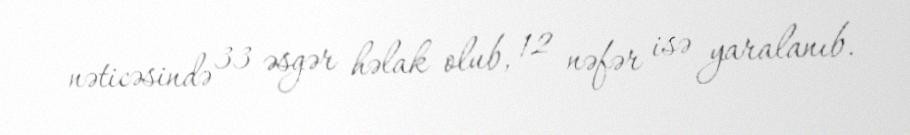
nəticəsində 33 əsgər həlak olub, 12 nəfər isə yaralanıb.